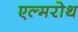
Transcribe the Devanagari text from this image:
एल्मरोथ